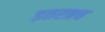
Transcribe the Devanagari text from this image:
इतरत्रच